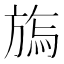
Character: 𣄊